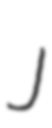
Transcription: J